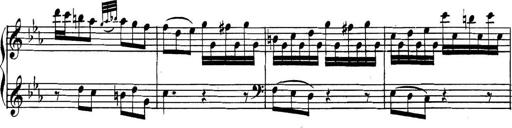
Title: Collected Piano Sonatas
Composer: Muzio Clementi